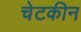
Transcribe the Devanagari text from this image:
चेटकीन